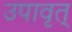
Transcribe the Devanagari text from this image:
उपावृत्